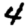
Digit: 4